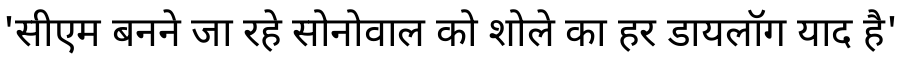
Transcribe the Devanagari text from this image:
'सीएम बनने जा रहे सोनोवाल को शोले का हर डायलॉग याद है'